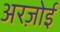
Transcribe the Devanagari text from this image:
अरज़ोई